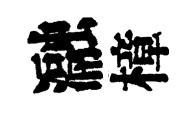
瀜樟